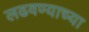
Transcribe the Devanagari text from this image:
लढवण्याच्या